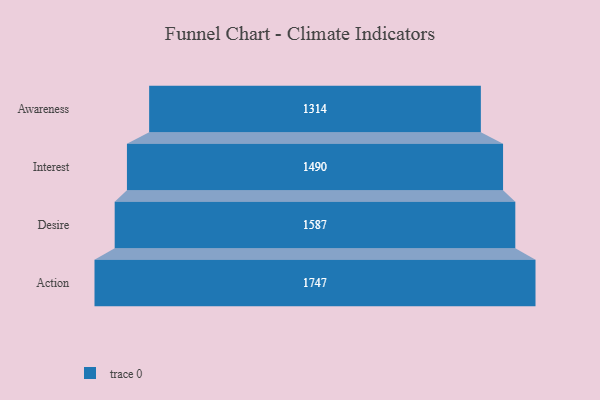
{"axis": {"x": "Stage", "y": "Value"}, "legend": [""], "data": [{"x": "Awareness", "y": 1314.0, "type": ""}, {"x": "Interest", "y": 1490.0, "type": ""}, {"x": "Desire", "y": 1587.0, "type": ""}, {"x": "Action", "y": 1747.0, "type": ""}]}